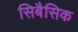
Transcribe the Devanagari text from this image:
सिबैसिक